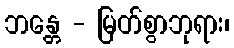
ဘန္တေ - မြတ်စွာဘုရား၊